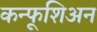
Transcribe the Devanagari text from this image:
कन्फूशिअन